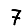
Digit: 7